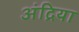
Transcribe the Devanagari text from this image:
अंद्रिया